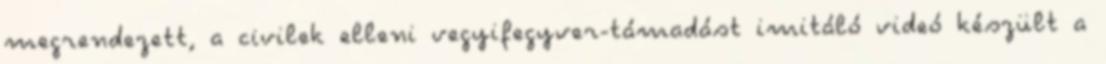
megrendezett, a civilek elleni vegyifegyver-támadást imitáló videó készült a